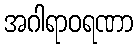
အဂါရာဝရဏာ